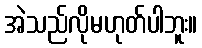
အဲသည်လိုမဟုတ်ပါဘူး။